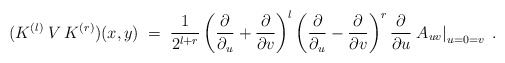
\begin{align*}(K^{(l)}\:V\:K^{(r)})(x,y) \;=\; \frac{1}{2^{l+r}}\left(\frac{\partial}{\partial_u} + \frac{\partial}{\partial v} \right)^l\left(\frac{\partial}{\partial_u} - \frac{\partial}{\partial v} \right)^r\frac{\partial}{\partial u} \left. A_{uv} \right|_{u=0=v}\;. \end{align*}